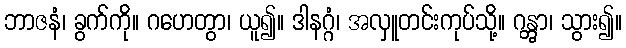
ဘာဇနံ၊ ခွက်ကို။ ဂဟေတွာ၊ ယူ၍။ ဒါနဂ္ဂံ၊ အလှူတင်းကုပ်သို့။ ဂန္တွာ၊ သွား၍။